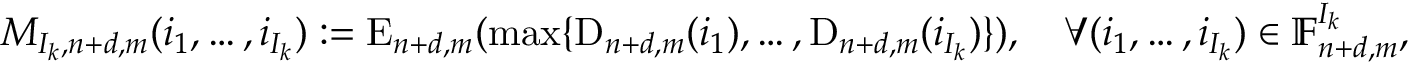
M _ { { I _ { k } } , n + d , m } ( i _ { 1 } , \ldots , i _ { I _ { k } } ) : = \mathrm { E } _ { n + d , m } ( \operatorname* { m a x } \{ \mathrm { D } _ { n + d , m } ( i _ { 1 } ) , \ldots , \mathrm { D } _ { n + d , m } ( i _ { I _ { k } } ) \} ) , \quad \forall ( i _ { 1 } , \ldots , i _ { I _ { k } } ) \in \mathbb { F } _ { n + d , m } ^ { I _ { k } } ,